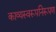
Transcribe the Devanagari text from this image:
काव्यस्वरूपनिरूपण